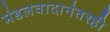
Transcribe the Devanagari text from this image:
मंडलवादानंतरही